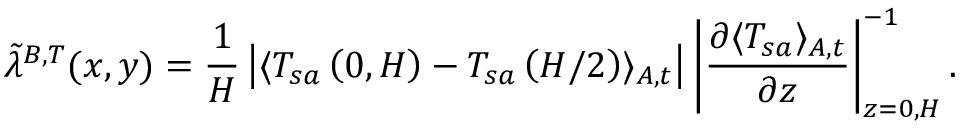
\tilde { \lambda } ^ { B , T } ( x , y ) = \frac { 1 } { H } \left| \langle T _ { s a } \left( 0 , H \right) - T _ { s a } \left( H / 2 \right) \rangle _ { A , t } \right| \left| \frac { \partial \langle T _ { s a } \rangle _ { A , t } } { \partial z } \right| _ { z = 0 , H } ^ { - 1 } .